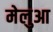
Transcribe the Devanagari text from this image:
मेलुआ